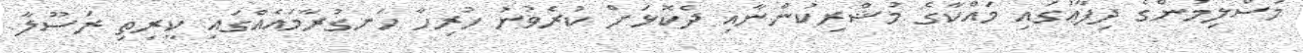
މުސްލިމުންގެ ދިފާޢުގައި މައްކާގެ މުޝްރިކުންނާއި ދެކޮޅަށް ކުރެވުނު ހުރިހާ ހަނގުރާމައެއްގައި ކީރިތި ރަސޫލާ